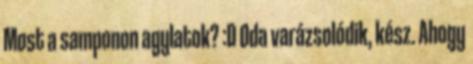
Most a samponon agylatok? :D Oda varázsolódik, kész. Ahogy